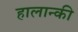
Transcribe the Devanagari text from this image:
हालान्की